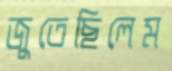
জুতেছিলেম